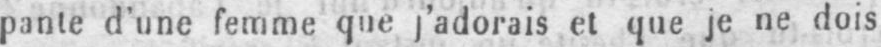
pante d’une femme que j’adorais et que je ne dois